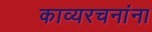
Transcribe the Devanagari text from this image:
काव्यरचनांना